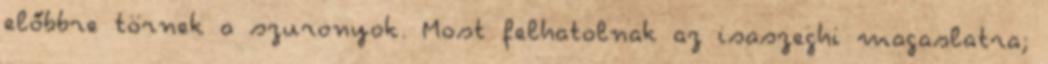
előbbre törnek a szuronyok. Most felhatolnak az isaszeghi magaslatra;